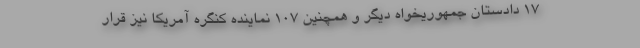
۱۷ دادستان جمهوریخواه دیگر و همچنین ۱۰۷ نماینده کنگره آمریکا نیز قرار